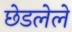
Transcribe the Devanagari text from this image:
छेडलेले